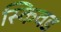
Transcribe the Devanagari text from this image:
स्किवड